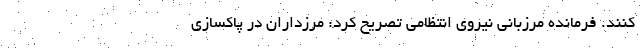
کنند. فرمانده مرزبانی نیروی انتظامی تصریح کرد: مرزداران در پاکسازی